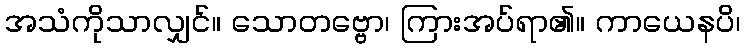
အသံကိုသာလျှင်။ သောတဗ္ဗော၊ ကြားအပ်ရာ၏။ ကာယေနပိ၊